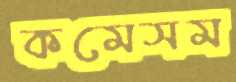
কমেসম